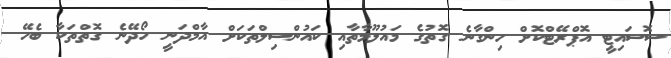
ސޮސައިޓީ އޮޕްރޭޓްކޮށް ހިންގާނެ ގޮތުގެ މައުލޫމާތާއި ކައުންސިލްތަކަށް އާމްދަނީ ހޯދޭނެ ގޮތްތަކާ ބެހޭ